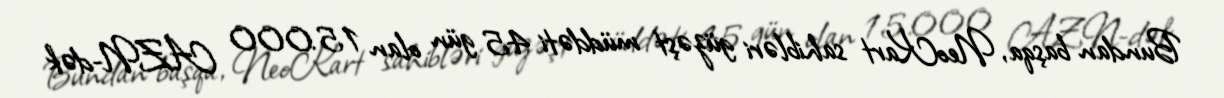
Bundan başqa, NeoKart sahibləri güzəşt müddəti 45 gün olan 15.000 AZN-dək